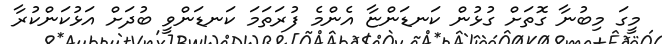
މީގަ މިބުނާ ގޮތަށް ގުޅުން ކަނޑަންޏާ އެންމެ ފުރަތަމަ ކަނޑަންވީ ބުދަށް އަޅުކަންކުރާ